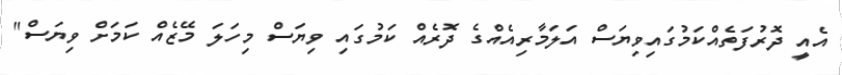
އެއީ ދޮރުފަތެއްކަމުގައިވިޔަސް އަލަމާރިއެއްގެ ދޮރެއް ކަމުގައި ވިޔަސް މިހަލަ މޭޒެއް ކަމަށް ވިޔަސް"